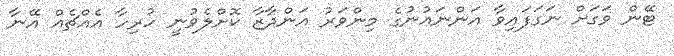
ޓޭން ވަގަށް ނަގަފައިވާ އަންނައުނުގެ މިންވަރު އަންދާޒާ ކޮށްލެވުނީ ހުރިހާ އެއްޗެއް އޭނާ